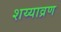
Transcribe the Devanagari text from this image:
शय्याव्रण